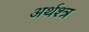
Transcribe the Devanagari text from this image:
अर्थश्त्र